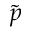
\Tilde { p }